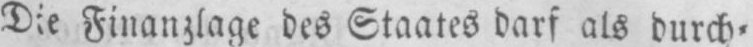
Die Finanzlage des Staates darf als durch⸗